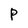
Character: P